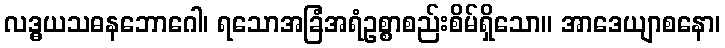
လဒ္ဓယသဓနဘောဂေါ၊ ရသောအခြံအရံဥစ္စာစည်းစိမ်ရှိသော။ အာဒေယျာစနော၊